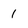
Character: 1